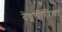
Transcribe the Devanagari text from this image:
देवगीरीचा